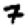
Digit: 7